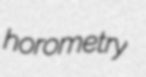
horometry